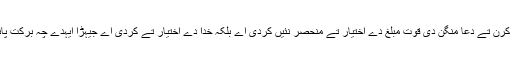
منادی کرن تے دعا منگن دی قوت مبلغ دے اِختیار تے منحصر نئیں کردی اے بلکہ خُدا دے اِختیار تے کردی اے جیہڑا ایہدے چہ برکت پاندا اے۔